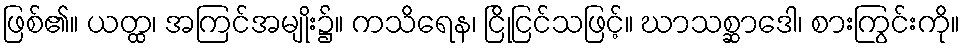
ဖြစ်၏။ ယတ္ထ၊ အကြင်အမျိုး၌။ ကသိရေန၊ ငြိုငြင်သဖြင့်။ ဃာသစ္ဆာဒေါ၊ စားကြွင်းကို။